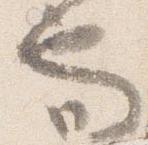
也